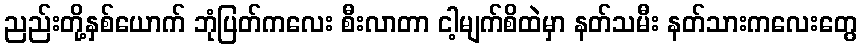
ညည်းတို့နှစ်ယောက် ဘုံပြတ်ကလေး စီးလာတာ ငါ့မျက်စိထဲမှာ နတ်သမီး နတ်သားကလေးတွေ